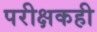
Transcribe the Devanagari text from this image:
परीक्षकही